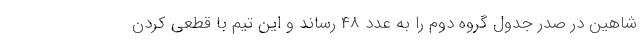
شاهین در صدر جدول گروه دوم را به عدد 48 رساند و این تیم با قطعی کردن